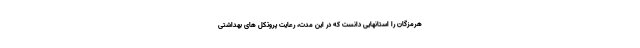
هرمزگان را استانهایی دانست که در این مدت، رعایت پروتکل های بهداشتی